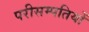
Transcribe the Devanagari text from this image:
परीसम्पतियों